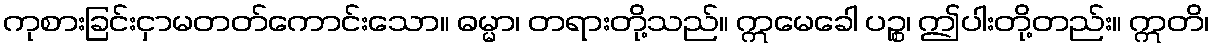
ကုစားခြင်းငှာမတတ်ကောင်းသော။ ဓမ္မာ၊ တရားတို့သည်။ ဣမေခေါ ပဉ္စ၊ ဤပါးတို့တည်း။ ဣတိ၊